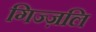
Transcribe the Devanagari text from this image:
गिज्ज़लि